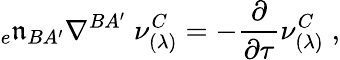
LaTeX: {_{e}\mathfrak{n}_{BA^{\prime}}}\nabla^{BA^{\prime}}\; \nu_{(\lambda)}^{C}=-{\frac{{\partial}}{{\partial\tau}}}\nu_{(\lambda)}^{C}\; ,